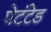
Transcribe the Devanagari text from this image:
पेटंटेड